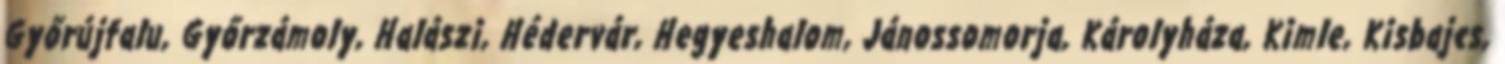
Győrújfalu, Győrzámoly, Halászi, Hédervár, Hegyeshalom, Jánossomorja, Károlyháza, Kimle, Kisbajcs,